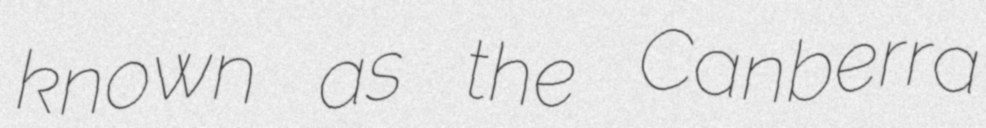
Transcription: known as the Canberra